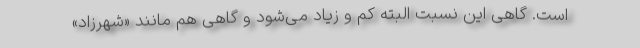
است. گاهی این نسبت البته کم و زیاد می‌شود و گاهی هم مانند «شهرزاد»